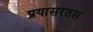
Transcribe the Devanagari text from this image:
प्रयासरतस